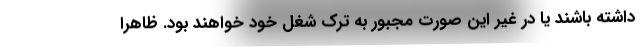
داشته باشند یا در غیر این صورت مجبور به ترک شغل خود خواهند بود. ظاهرا